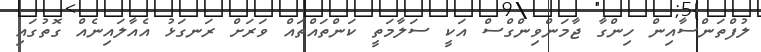
ލުފްތަންސާއިން ހިންގާ ޖާމަންވިންގްސް އަކީ ސަލާމަތީ ކަންތައްތައް ވަރަށް ރަނގަޅު އެއާލައިނެއް ގޮތުގައި